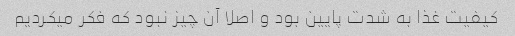
کیفیت غذا به شدت پایین بود و اصلا آن چیز نبود که فکر میکردیم